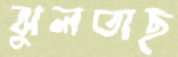
ঝুলতাছ